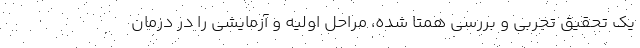
یک تحقیق تجربی و بررسی همتا شده، مراحل اولیه و آزمایشی را در درمان